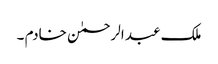
ملک عبد الرحمٰن خادم ۔